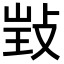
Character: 𢽃